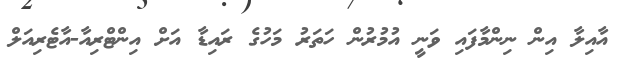
އާއިލާ އިން ނިންމާފައި ވަނީ އުމުރުން ހަތަރު މަހުގެ ރައިޑާ އަށް އިންޓްރިއާ-އާޓެރިއަލް